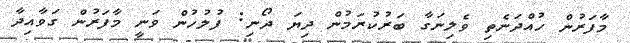
މާފަރުން ހުއްދަނެތި ވެލިނަގާ ބަރުކުރަމުން ދިޔަ ދޯނި: ފުލުހުން ވަނީ މާފަރުން ގަވާއިދާ